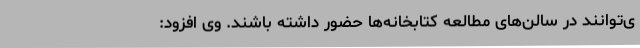
ی‌توانند در سالن‌های مطالعه کتابخانه‌ها حضور داشته ‌باشند. وی افزود: